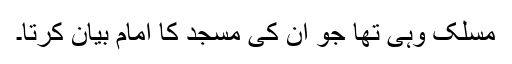
مسلک وہی تھا جو ان کی مسجد کا امام بیان کرتا۔